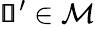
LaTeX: \pmb{\mathscr{s}}^{\prime}\in\mathcal{M}